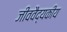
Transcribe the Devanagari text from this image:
जीववैद्यकीय